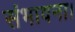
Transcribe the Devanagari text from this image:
संभावना।